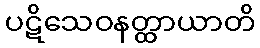
ပဋိသေဝနတ္ထာယာတိ